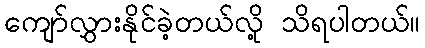
ကျော်လွှားနိုင်ခဲ့တယ်လို့ သိရပါတယ်။